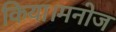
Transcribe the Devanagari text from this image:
किया।मनोज